Scientific memoirs by medical officers of the Army of India - Part XI,
Year: 1898
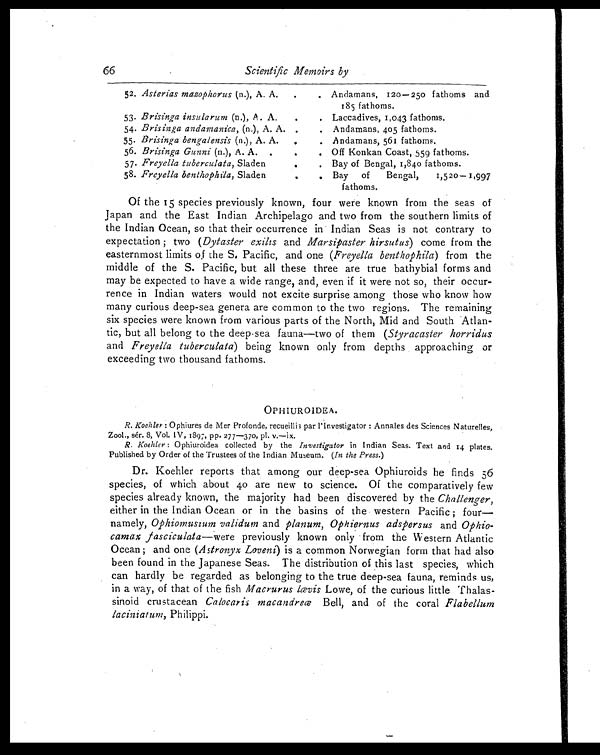
66 Scientific Memoirs by
52. Asterias mazophorus (n.), A. A.
.
. Andamans, 120—250 fathoms and
185 fathoms.
53. Brisinga insularum (n.), A. A.
.
. Laccadives, 1,043 fathoms.
54. Brisinga andamanica, (n.), A. A. .
. Andamans, 405 fathoms.
55. Brisinga bengalensis (n.), A. A.
.
. Andamans, 561 fathoms.
56. Brisinga Gunni (n.), A. A.
.
. Off Konkan Coast, 559 fathoms.
57. Freyella tuberculata, Sladen
.
. Bay of Bengal, 1,84o fathoms.
58. Freyella benthophila , Slade
.
. Bay of Bengal, 1,520—1,997
fathoms.
Of the 15 species previously known, four were known from the seas of
Japan and the East Indian Archipelago and two from the southern limits of
the Indian Ocean, so that their occurrence in Indian Seas is not contrary to
expectation; two ( Dytaster exilis and Marsipaster hirsutus) come from the
easternmost limits of the S. Pacific, and one ( Freyella benthophila ) from the
middle of the S. Pacific, but all these three are true bathybial forms and
may be expected to have a wide range, and, even if it were not so, their occur-
rence in Indian waters would not excite surprise among those who know how
many curious deep-sea genera are common to the two regions. The remaining
six species were known from various parts of the North, Mid and South Atlan-
tic, but all belong to the deep-sea fauna—two of them ( Styracaster horridus
and Freyella tuberculata ) being known only from depths approaching or
exceeding two thousand fathoms.
OPHIUROIDEA.
R. Koehler: Ophiures de Mer Profonde, recueillis par l'Investigator: Annales des Sciences Naturelles,
Zool., sér. 8, Vol. IV, 1897, pp. 277—370, pl. v.—ix.
R. Koehler: Ophiuroidea collected by the Investigator in Indian Seas. Text and 14 plates.
Published by Order of the Trustees of the Indian Museum. ( In the Press.)
Dr. Koehler reports that among our deep-sea Ophiuroids he finds 56
species, of which about 40 are new to science. Of the comparatively few
species already known, the majority had been discovered by the Challenger,
either in the Indian Ocean or in the basins of the western Pacific; four—
namely, Ophiomusium validum and planum, Ophiernus adspersus and Ophio-
camax fasciculata —were previously known only from the Western Atlantic
Ocean; and one ( Astronyx Loveni ) is a common Norwegian form that had also
been found in the Japanese Seas. The distribution of this last species, which
can hardly be regarded as belonging to the true deep-sea fauna, reminds us,
in a way, of that of the fish Macrurus lævis Lowe, of the curious little Thalas-
sinoid crustacean Calocaris macandreæ Bell, and of the coral Flabellum
laciniatum, Philippi.